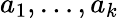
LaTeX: a_{1},\ldots,a_{k}